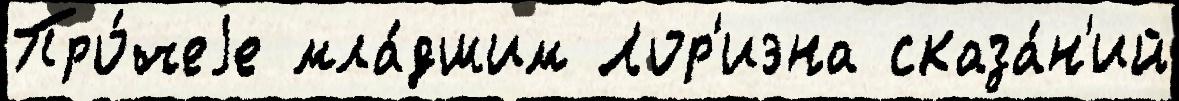
Про́чеjе мла́дшим Лор'иэна сказа́н'ий